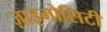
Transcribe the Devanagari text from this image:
ज़ाइगोसिटी